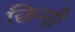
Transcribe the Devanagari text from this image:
छिन्दी